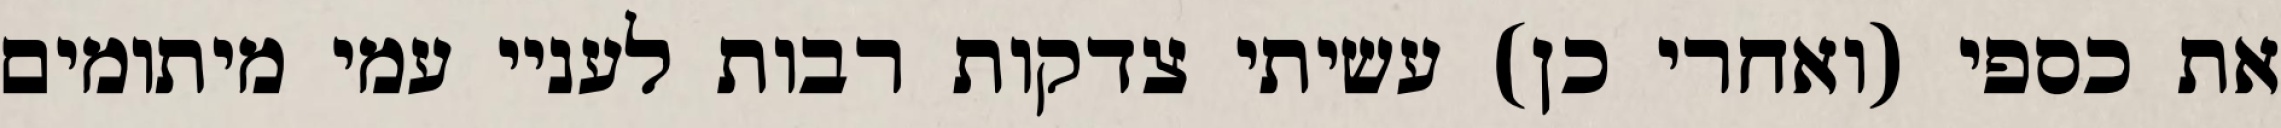
את כספי (ואחרי כן) עשיתי צדקות רבות לעניי עמי מיתומים